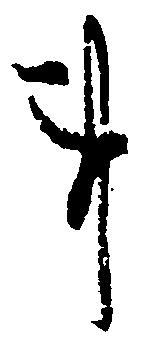
事